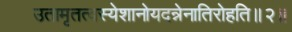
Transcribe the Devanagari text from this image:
उतामृतत्वस्येशानोयदन्नेनातिरोहति॥२॥